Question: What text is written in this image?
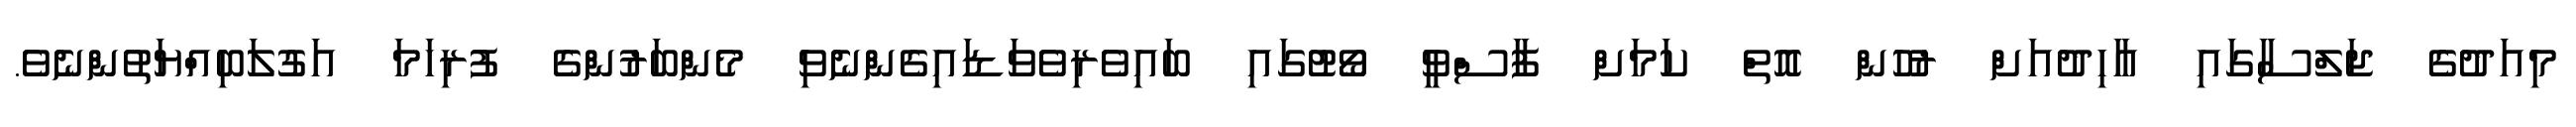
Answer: މިއަދުގެ ޖަލްސާގައި އާހިދުއަށް ރުހުން އޮތް ކަމަށް ފާސްވީ ވޯޓުގައި ބައިވެރިވެވަޑައިގެންނެވި މެންބަރުންގެ ފުރިހަމަ އަގުލަބިއްޔަތުންނެވެ.